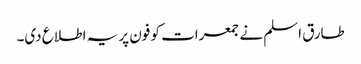
طارق اسلم نے جمعرات کو فون پر یہ اطلاع دی۔